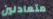
متعادلين